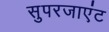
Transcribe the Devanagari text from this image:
सुपरजाएंट